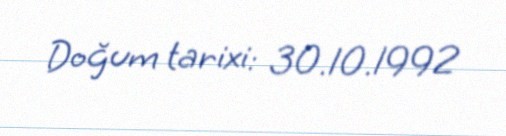
Doğum tarixi: 30.10.1992